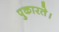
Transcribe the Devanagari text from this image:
पुकारते।